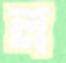
ল